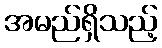
အမည်ရှိသည့်